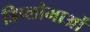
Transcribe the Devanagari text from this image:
डिप्लोमाओं